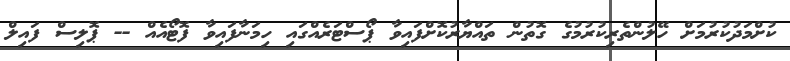
ކުށްމަދުކުރުމަށް ހޭލުންތެރިކުރުމުގެ ގޮތުން ތައްޔާރުކޮށްފައިވާ ޕޯސްޓަރެއްގައި ހިމަނާފައިވާ ފޮޓޯއެއް -- ޕޮލިސް ފައިލް